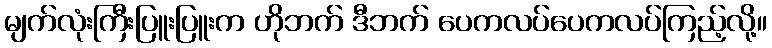
မျက်လုံးကြီးပြူးပြူးက ဟိုဘက် ဒီဘက် ပေကလပ်ပေကလပ်ကြည့်လို့။